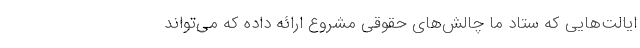
ایالت‌هایی که ستاد ما چالش‌های حقوقی مشروع ارائه داده که می‌تواند